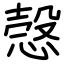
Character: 愨